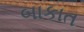
બાકાત